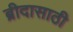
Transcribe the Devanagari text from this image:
ब्रीदासाठी